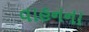
વાહનના